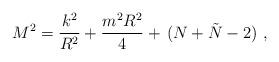
LaTeX: \begin{align*} M^2 = \frac{k^2}{R^2} + \frac{m^2 R^2}{4} +\,(N+\tilde N-2)\ ,\end{align*}